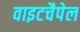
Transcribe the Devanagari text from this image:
वाइटचैपेल